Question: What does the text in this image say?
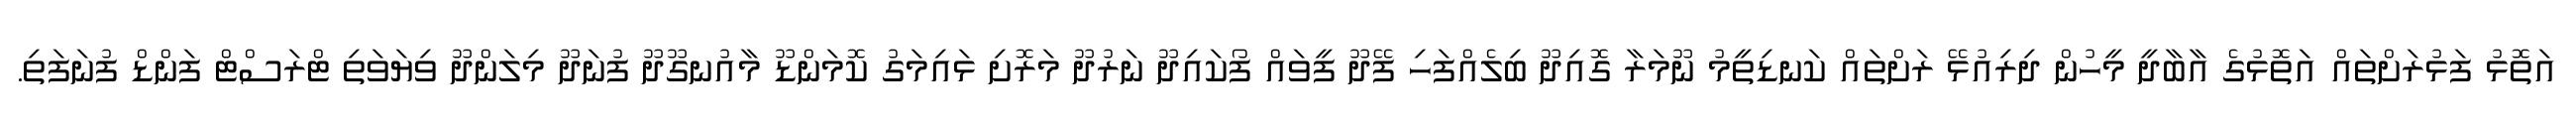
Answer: އަތޮޅު ފަޅުރަށްތައް އަތޮޅުގެ އާބާދީ މީހުން ދިރިއުޅޭ ރަށްތައް ކަނޑިތީމު ނޫމަރާ ގޮއިދޫ ބިލެއްފަހި ފޭދޫ ފީވައް ފޯކައިދޫ ނަރުދޫ މަރޮށި ޅައިމަގު ކޮމަންޑޫ މާއުނގޫދޫ ފުނަދޫ މިލަންދޫ ވިޔަވަތި ޓްރަސްޓް ފަންޑް ފުނަފަތި.